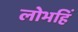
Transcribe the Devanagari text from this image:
लोभहिं